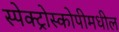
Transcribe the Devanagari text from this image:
स्पेक्ट्रोस्कोपीमधील